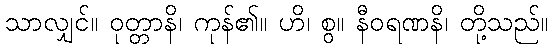
သာလျှင်။ ဝုတ္တာနိ၊ ကုန်၏။ ဟိ၊ စွ။ နီဝရဏနိ၊ တို့သည်။